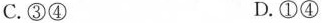
C.③④ D.①④